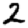
Digit: 2